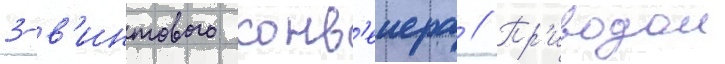
3-в'интового конв'еиера // Пр'иводом